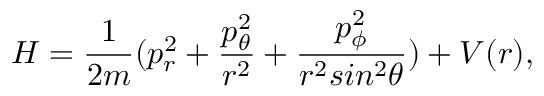
H = { \frac { 1 } { 2 m } } ( p _ { r } ^ { 2 } + { \frac { p _ { \theta } ^ { 2 } } { r ^ { 2 } } } + { \frac { p _ { \phi } ^ { 2 } } { r ^ { 2 } s i n ^ { 2 } \theta } } ) + V ( r ) ,